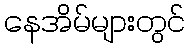
နေအိမ်များတွင်